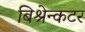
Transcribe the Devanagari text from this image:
बिश्रेन्कटर